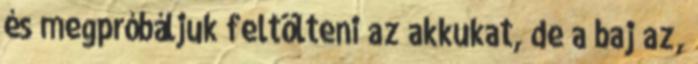
és megpróbáljuk feltölteni az akkukat, de a baj az,